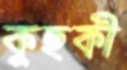
কুহুকী